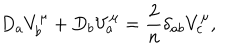
D _ { a } V _ { b } ^ { \mu } + D _ { b } V _ { a } ^ { \mu } = { \frac { 2 } { n } } \delta _ { a b } V _ { c } ^ { \mu } ,